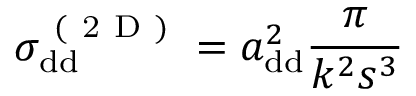
\sigma _ { \mathrm { { d d } } } ^ { \mathrm { ~ ( ~ 2 ~ D ~ ) ~ } } = a _ { \mathrm { { d d } } } ^ { 2 } \frac { \pi } { k ^ { 2 } s ^ { 3 } }